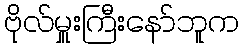
ဗိုလ်မှူးကြီးနော်ဘူက